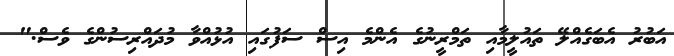
އަބުރު އެބަގެއްލޭ ތައުލީމާއި ތަމްރީނުގެ އެންމެ އިސް ސަފުގައި އުޅުއްވާ މުދައްރިސުންގެ ވެސް."